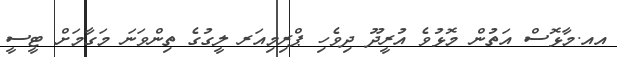
އއ.މާޅޮސް އަތުން މޮޅުވެ އުރީދޫ ދިވެހި ޕްރިމިއަރ ލީގުގެ ތިންވަނަ މަގާމަށް ޓީސީ